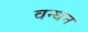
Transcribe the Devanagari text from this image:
वन्धन